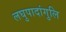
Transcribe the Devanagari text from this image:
लघुपादांगुलि